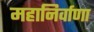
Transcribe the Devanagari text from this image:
महानिर्वाणा